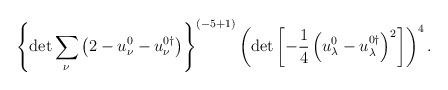
LaTeX: \begin{align*}\left\{\det \sum_\nu \left( 2-u_\nu^0-u_\nu^{0\dagger} \right)\right\}^{({-5+1})} \left(\det \left[-\frac14 \left( u_\lambda^0-u_\lambda^{0\dagger} \right)^2 \right] \right)^{4}. \end{align*}